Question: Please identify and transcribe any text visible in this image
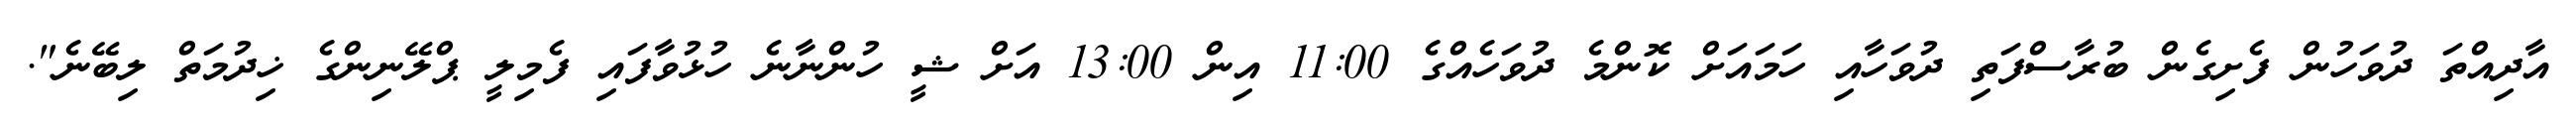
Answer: އާދިއްތަ ދުވަހުން ފެށިގެން ބުރާސްފަތި ދުވަހާއި ހަމައަށް ކޮންމެ ދުވަހެއްގެ 11:00 އިން 13:00 އަށް ޝީ ހުންނާނެ ހުޅުވާފައި ފެމިލީ ޕްލޭނިންގެ ޚިދުމަތް ލިބޭނެ".